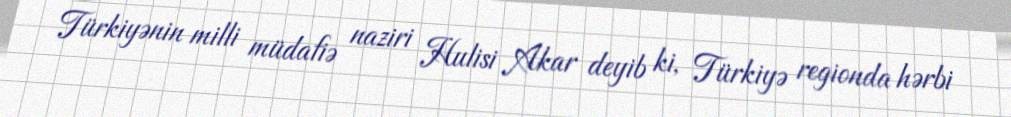
Türkiyənin milli müdafiə naziri Hulisi Akar deyib ki, Türkiyə regionda hərbi